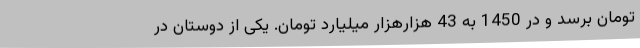
تومان برسد و در 1450 به 43 هزارهزار میلیارد تومان. یکی از دوستان در